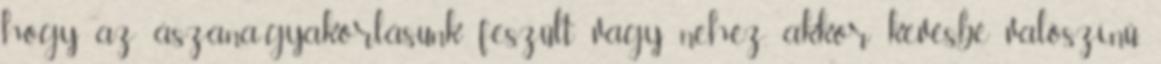
hogy az ászana-gyakorlásunk feszült vagy nehéz, akkor kevésbé valószínű,